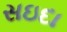
સઇદા